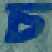
চ